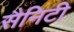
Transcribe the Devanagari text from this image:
सैनिटी